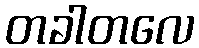
တခါတလေ